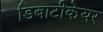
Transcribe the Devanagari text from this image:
डिबाटीकेयर